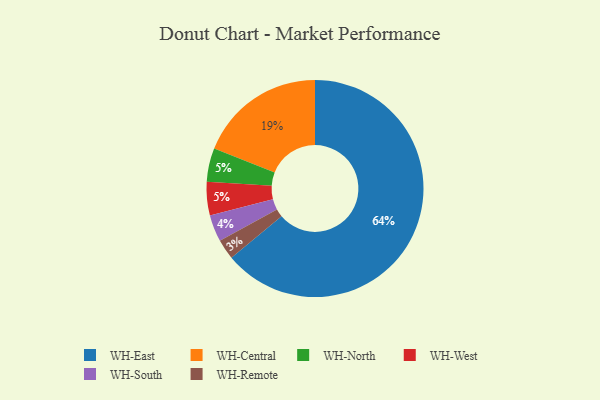
{"axis": {"x": "Category", "y": "Percentage"}, "legend": ["WH-Central", "WH-East", "WH-North", "WH-Remote", "WH-South", "WH-West"], "data": [{"x": "WH-Remote", "y": 3, "type": "WH-Remote"}, {"x": "WH-North", "y": 5, "type": "WH-North"}, {"x": "WH-West", "y": 5, "type": "WH-West"}, {"x": "WH-East", "y": 64, "type": "WH-East"}, {"x": "WH-Central", "y": 19, "type": "WH-Central"}, {"x": "WH-South", "y": 4, "type": "WH-South"}]}